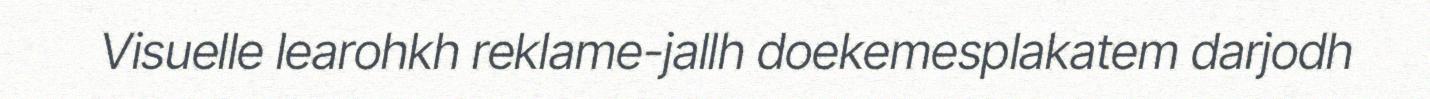
Visuelle learohkh reklame-jallh doekemesplakatem darjodh